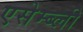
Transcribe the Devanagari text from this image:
एसेम्ब्ली